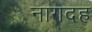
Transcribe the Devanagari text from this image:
नागदह